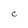
Character: C